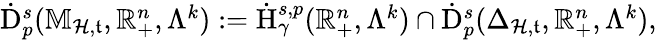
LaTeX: \begin{array}{r}{\dot{\mathrm{D}}_{p}^{s}(\mathbb{M}_{\mathcal{H},\mathfrak{t}},\mathbb{R}_{+}^{n},\Lambda^{k}):=\dot{\mathrm{H}}_{\gamma}^{s,p}(\mathbb{R}_{+}^{n},\Lambda^{k})\cap\dot{\mathrm{D}}_{p}^{s}(\Delta_{\mathcal{H},\mathfrak{t}},\mathbb{R}_{+}^{n},\Lambda^{k})\mathrm{,~}}\end{array}